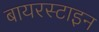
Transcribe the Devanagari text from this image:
बायरस्टाइन